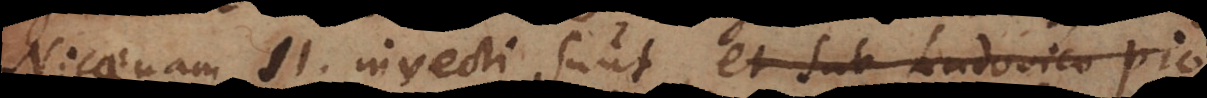
Nicaenam II. invecti sunt, et sub Ludovico Pio